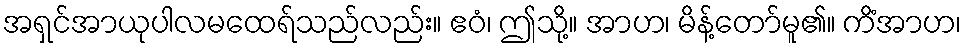
အရှင်အာယုပါလမထေရ်သည်လည်း။ ဧဝံ၊ ဤသို့။ အာဟ၊ မိန့်တော်မူ၏။ ကိံအာဟ၊